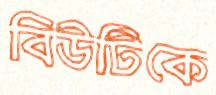
বিউটিকে